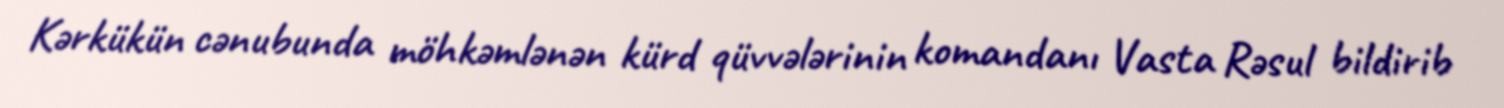
Kərkükün cənubunda möhkəmlənən kürd qüvvələrinin komandanı Vasta Rəsul bildirib